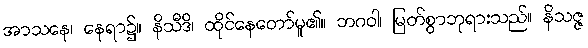
အာသနေ၊ နေရာ၌။ နိသီဒိ၊ ထိုင်နေတော်မူ၏။ ဘဂဝါ၊ မြတ်စွာဘုရားသည်။ နိသဇ္ဇ